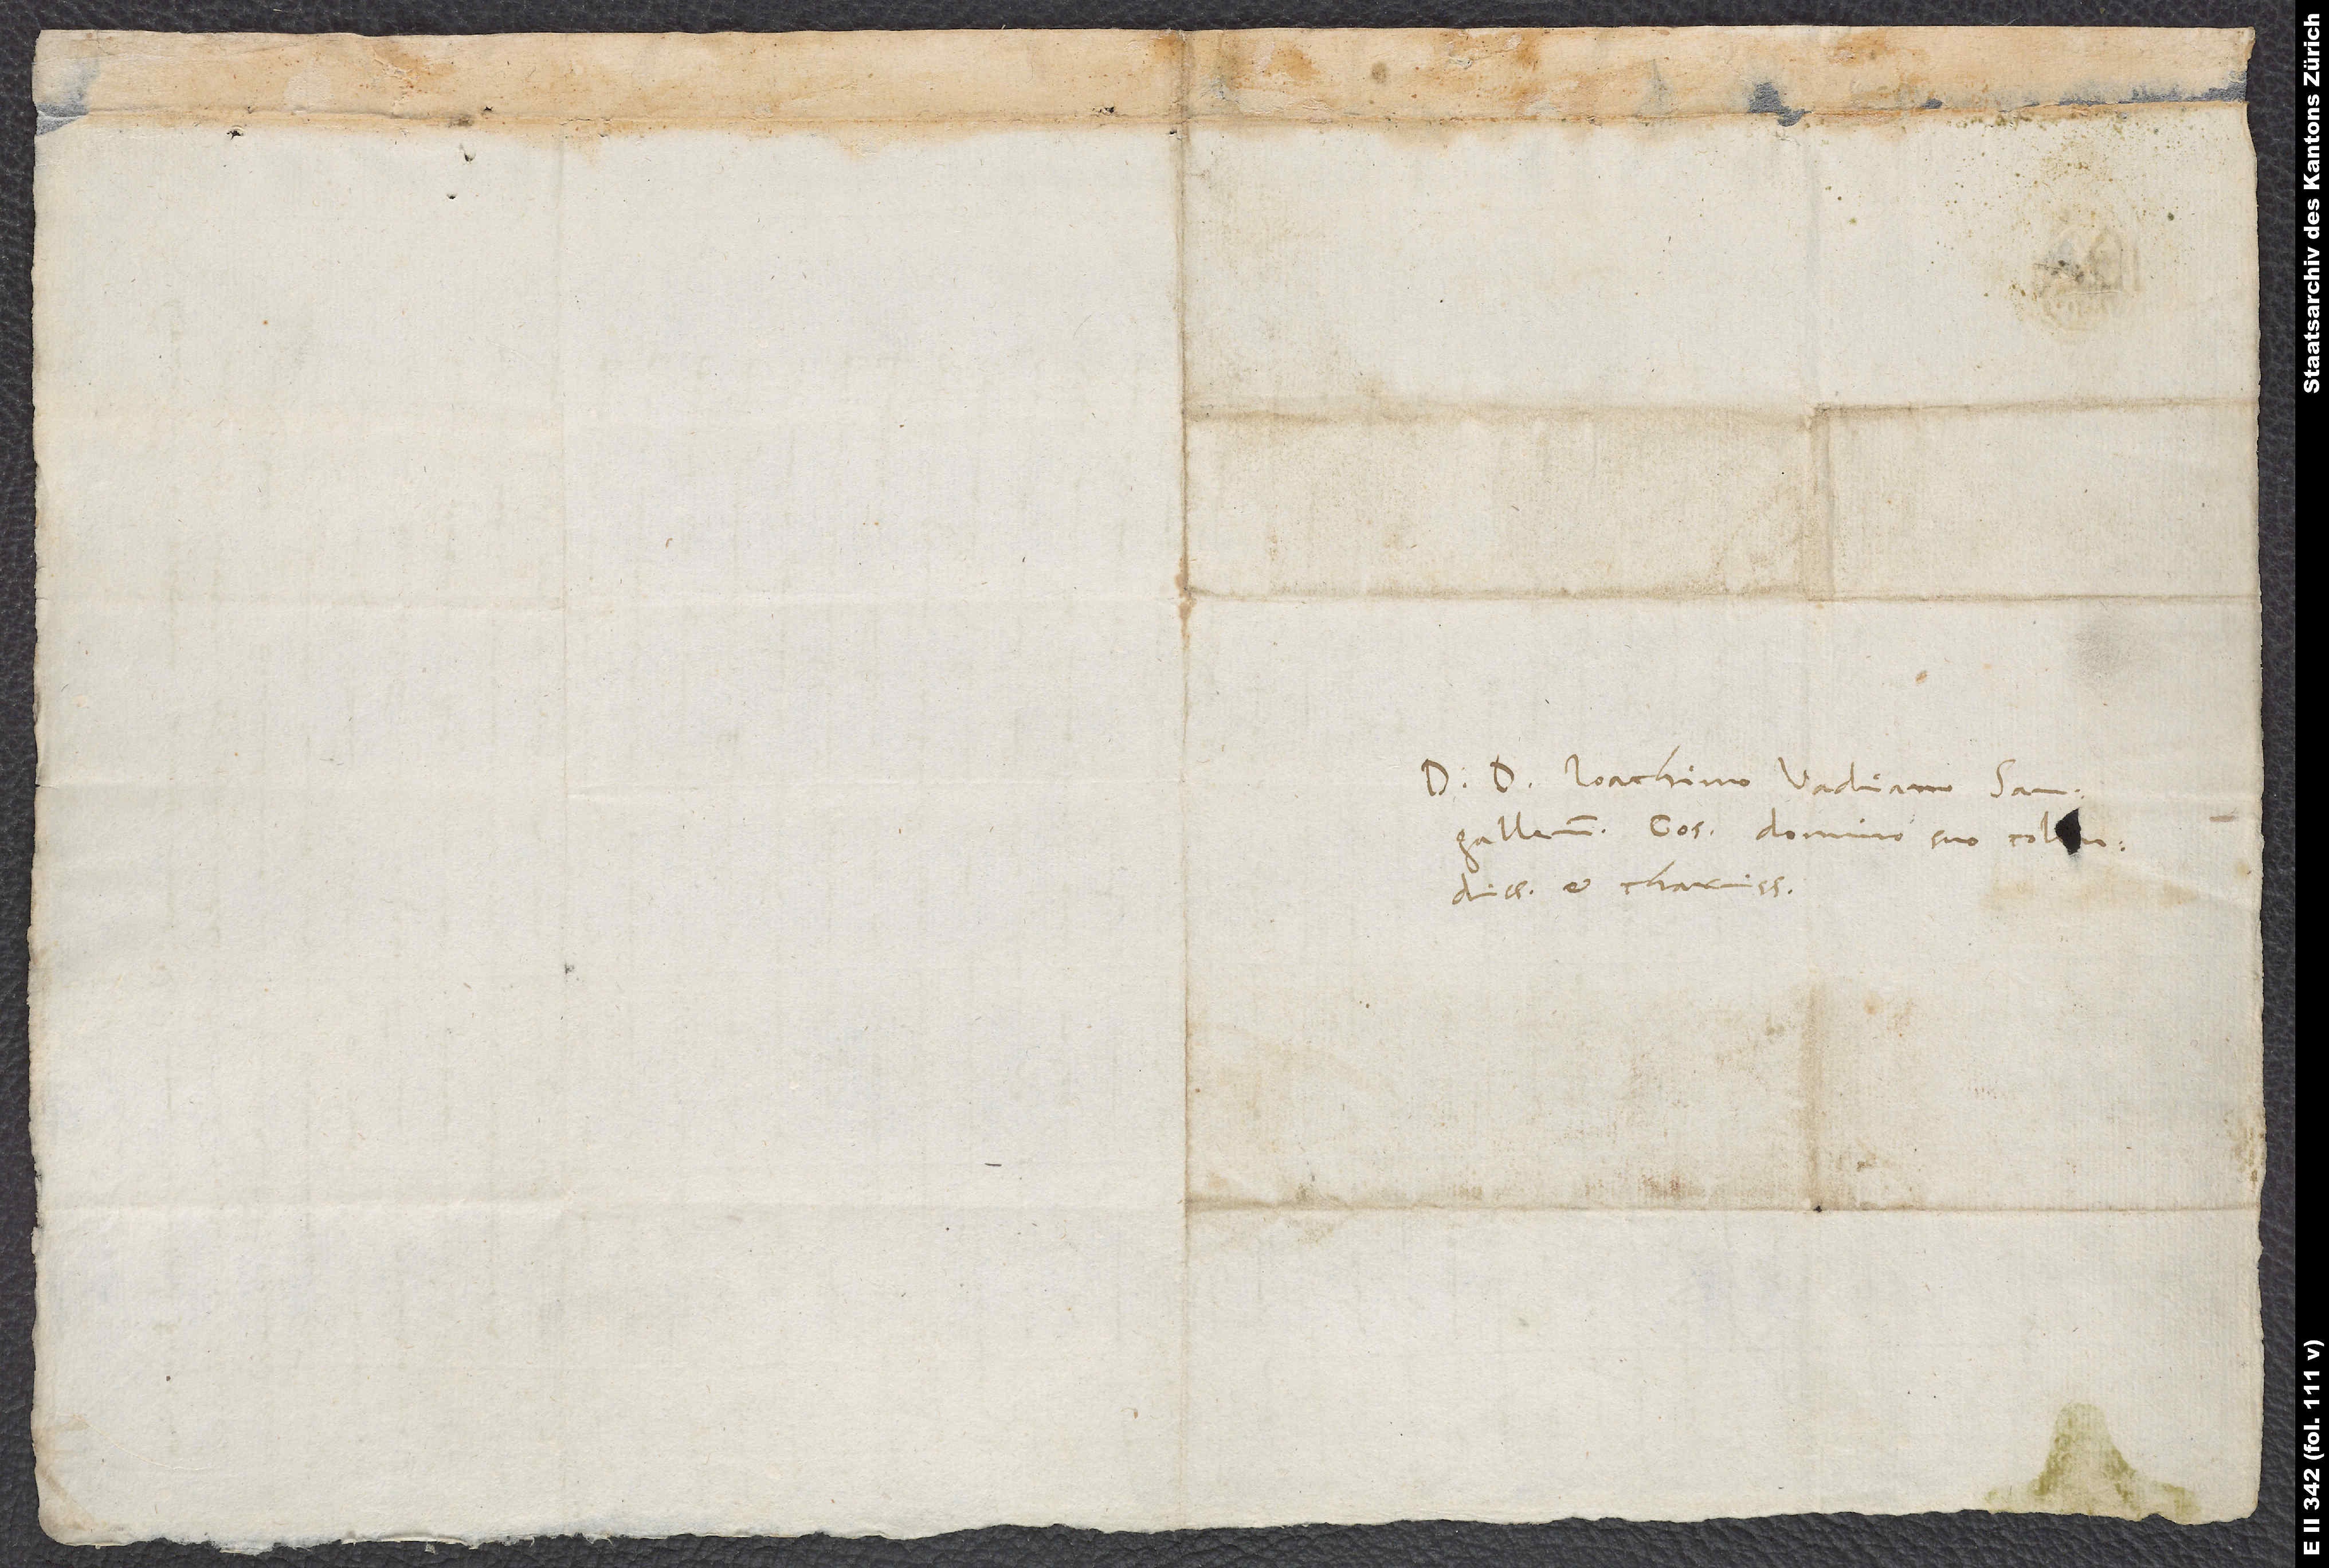
D. D. Ioachimo Vadiano, Sangallensi
consuli, domino suo colendissimo
et charissimo.